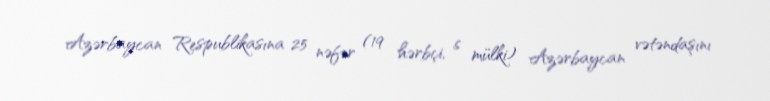
Azərbaycan Respublikasına 25 nəfər (19 hərbçi, 6 mülki) Azərbaycan vətəndaşını